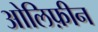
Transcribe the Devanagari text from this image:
ओलिफ़ीन